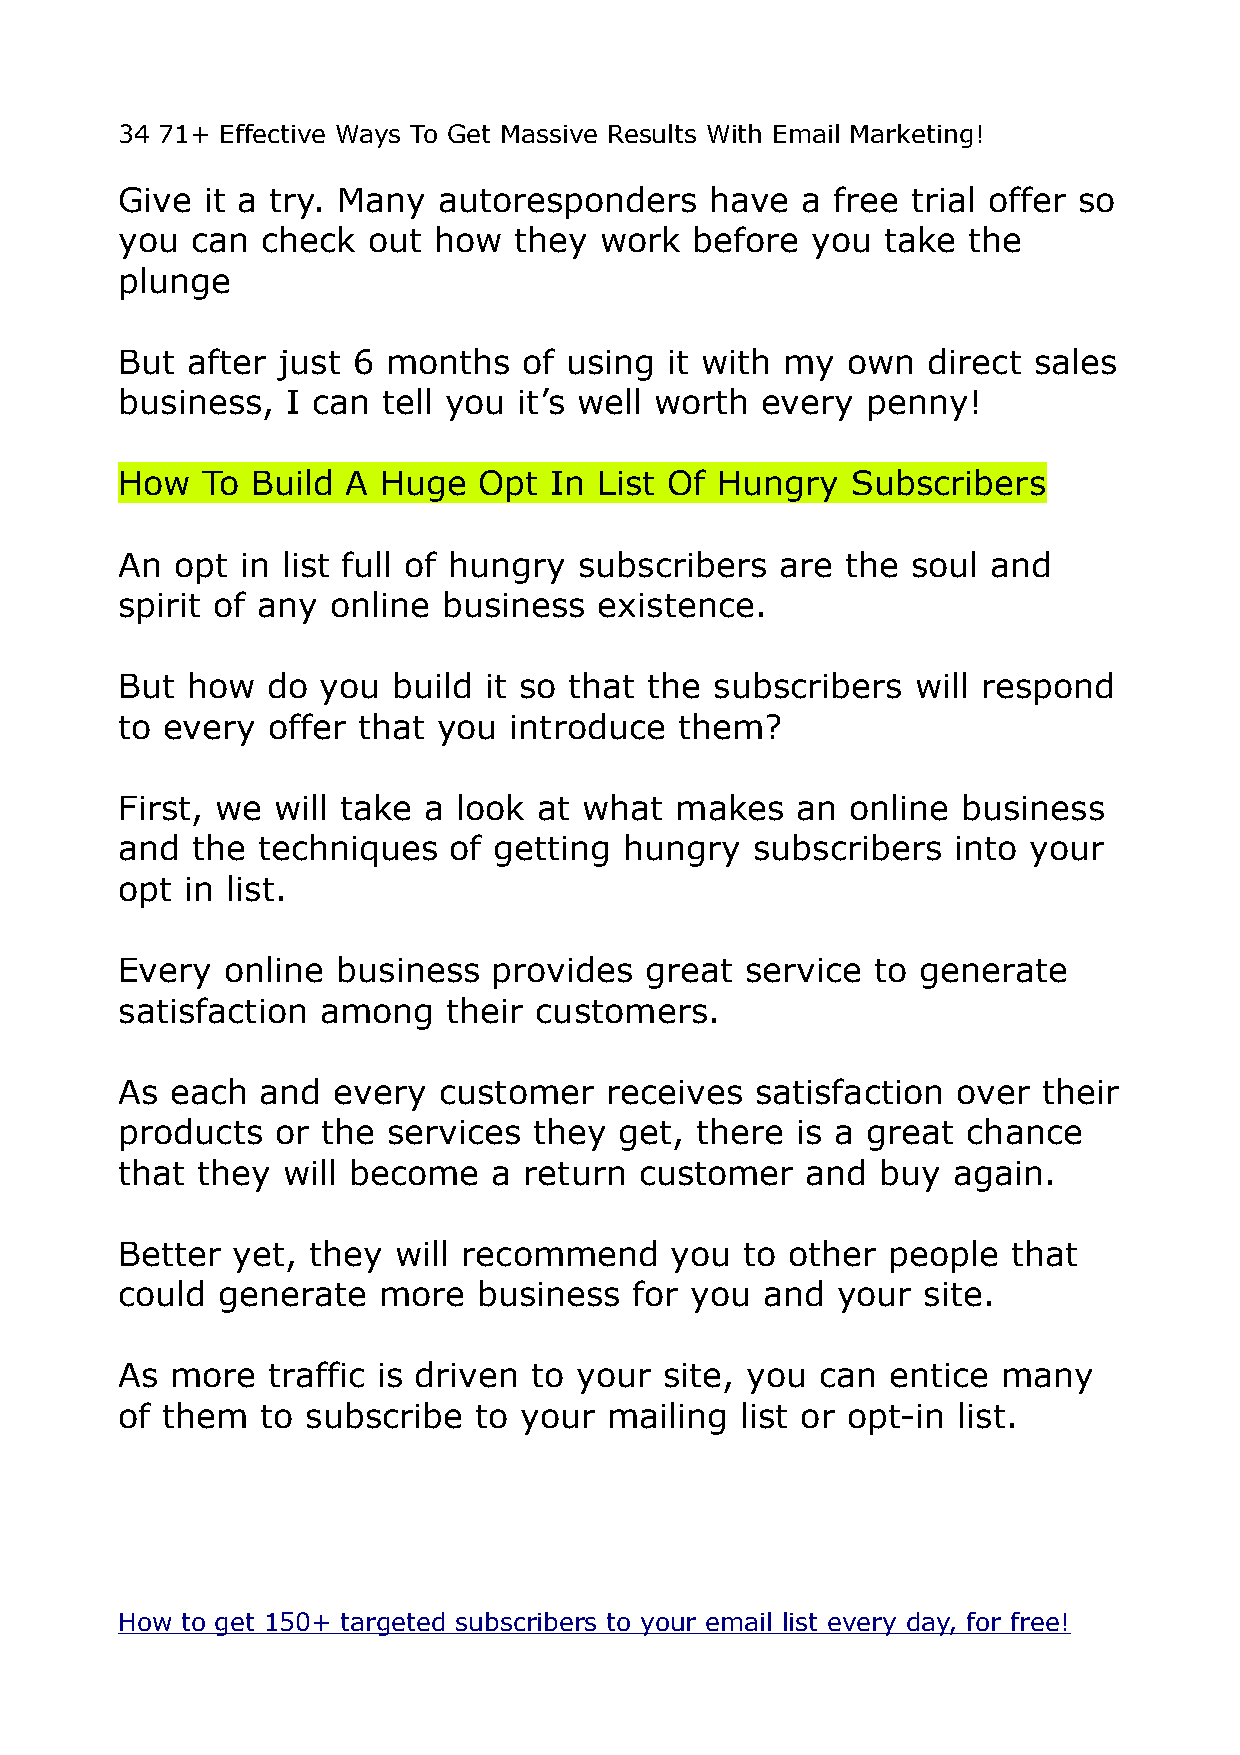
34 71+ Effective Ways To Get Massive Results With Email Marketing!
 Give  it a try. Many autoresponders    have  a free trial offer so
 you  can check  out  how  they  work  before  you  take the
 plunge
 But after just 6  months   of using it with my  own  direct sales
 business,  I can tell you it’s well worth every  penny!
 How  To  Build A Huge   Opt In  List Of Hungry  Subscribers
 An  opt in list full of hungry subscribers  are the soul  and
 spirit of any online business   existence.
 But how   do you  build it so that the subscribers   will respond
 to every  offer that you  introduce  them?
 First, we will take a look  at what  makes   an online  business
 and  the techniques   of getting hungry   subscribers  into your
 opt in list.
 Every  online business   provides  great service  to generate
 satisfaction among    their customers.
 As each  and  every  customer   receives  satisfaction over  their
 products  or the  services they  get, there  is a great chance
 that they  will become   a return customer   and  buy  again.
 Better yet, they  will recommend    you  to other  people  that
 could generate   more   business  for you and  your  site.
 As more   traffic is driven to your site, you can  entice many
 of them  to subscribe  to your  mailing  list or opt-in list.
 How to get 150+ targeted subscribers to your email list every day, for free!